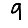
Digit: 9